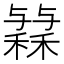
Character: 𱶟